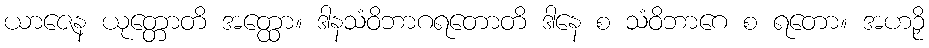
ယာဇေန ယုတ္တောတိ အတ္ထော။ ဒါနသံဝိဘာဂရတောတိ ဒါနေ စ သံဝိဘာဂေ စ ရတော။ အဟဉှိ